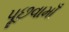
પૂછવામાઁ